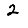
Digit: 2